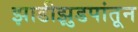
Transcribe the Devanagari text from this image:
झाडीझुडपांतून